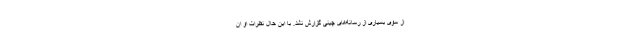
از سوی بسیاری از رسانه‌های چینی گزارش نشد. با این حال نظرات او ان